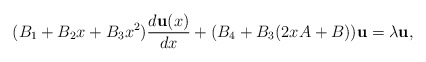
\begin{align*}(B_1+B_2x+B_3x^2){d{\bf u}(x)\over dx} + (B_4 +B_3(2x A + B)){\bf u}=\lambda {\bf u},\end{align*}